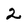
Character: 2